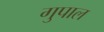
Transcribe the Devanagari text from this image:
गुपाल